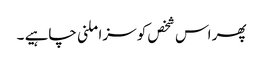
پھر اس شخص کو سزا ملنی چاہیے ۔